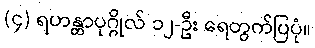
(၄) ရဟန္တာပုဂ္ဂိုလ် ၁၂-ဦး ရေတွက်ပြပုံ။